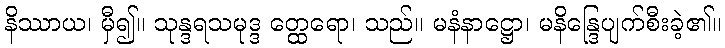
နိဿာယ၊ မှီ၍။ သုန္ဒရသမုဒ္ဒ တ္ထေရော၊ သည်။ မနံနာဋ္ဌော၊ မနိန္ဒြေပျက်စီးခဲ့၏။